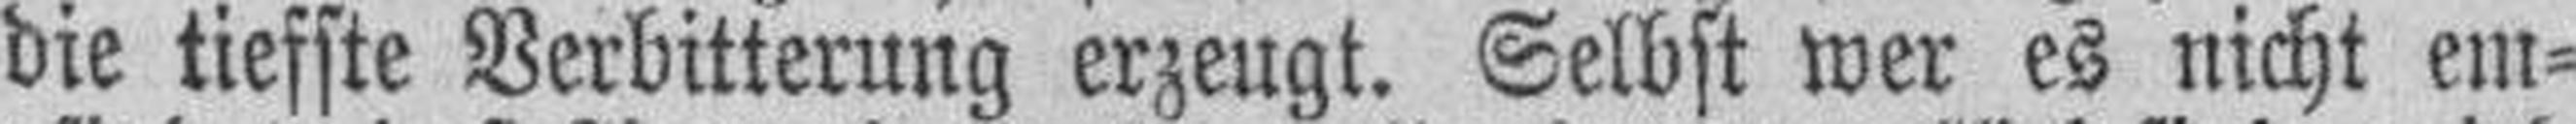
die tiefste Verbitterung erzeugt. Selbst wer es nicht em¬